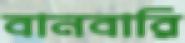
বানবারি